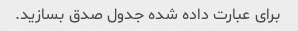
برای عبارت داده شده جدول صدق بسازید.